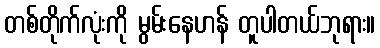
တစ်တိုက်လုံးကို မွမ်းနေဟန် တူပါတယ်ဘုရား။